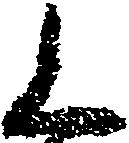
く